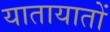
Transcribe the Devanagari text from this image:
यातायातों